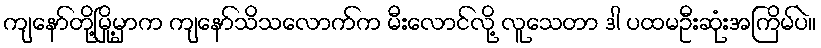
ကျနော်တို့မြို့မှာက ကျနော်သိသလောက်က မီးလောင်လို့ လူသေတာ ဒါ ပထမဦးဆုံးအကြိမ်ပဲ။